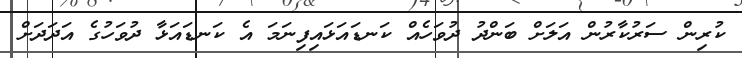
ކުރިން ސަރުކާރުން އަލަށް ބަންދު ދުވަހެއް ކަނޑައަޅައިފިނަމަ އެ ކަނޑައަޅާ ދުވަހުގެ އަދަދަށް